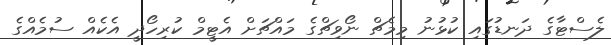
ލެސްޓާގެ ދަނޑުގައި ކުޅުނު މިމެޗް ނޯވިޗްގެ މައްޗަށް އެޓީމް ކުރިހޯދީ އެކެއް ސުމެއްގެ